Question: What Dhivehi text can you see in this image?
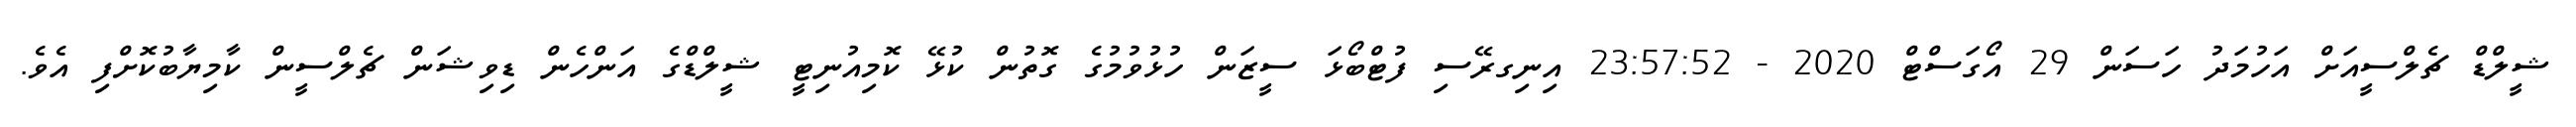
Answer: ޝީލްޑް ޗެލްސީއަށް އަހުމަދު ހަސަން 29 އޯގަސްޓް 2020 - 23:57:52 އިނިގރޭސި ފުޓްބޯޅަ ސީޒަން ހުޅުވުމުގެ ގޮތުން ކުޅޭ ކޮމިއުނިޓީ ޝީލްޑްގެ އަންހެން ޑިވިޝަން ޗެލްސީން ކާމިޔާބުކޮށްފި އެވެ.